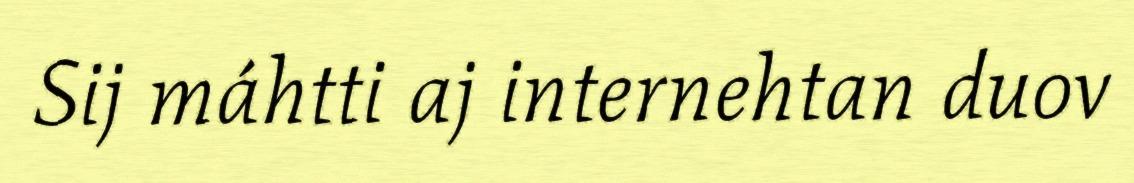
Sij máhtti aj internehtan duov